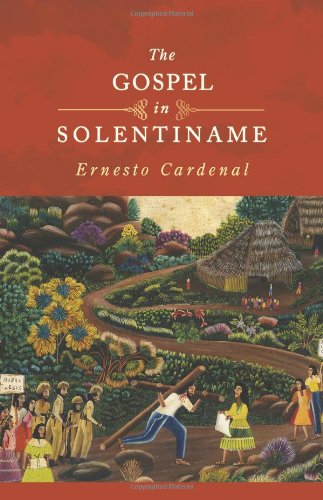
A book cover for The Gospel in Solentiname; Ernesto Cardenal; Christian Books & Bibles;